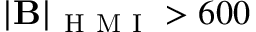
\mathbf { \left| B \right| } _ { \mathrm { ~ H ~ M ~ I ~ } } > 6 0 0